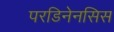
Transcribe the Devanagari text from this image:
परडिनेनसिस